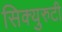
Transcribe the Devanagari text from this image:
सिक्युरुटी